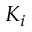
K _ { i }